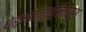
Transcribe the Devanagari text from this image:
धर्मतत्त्वविमर्श